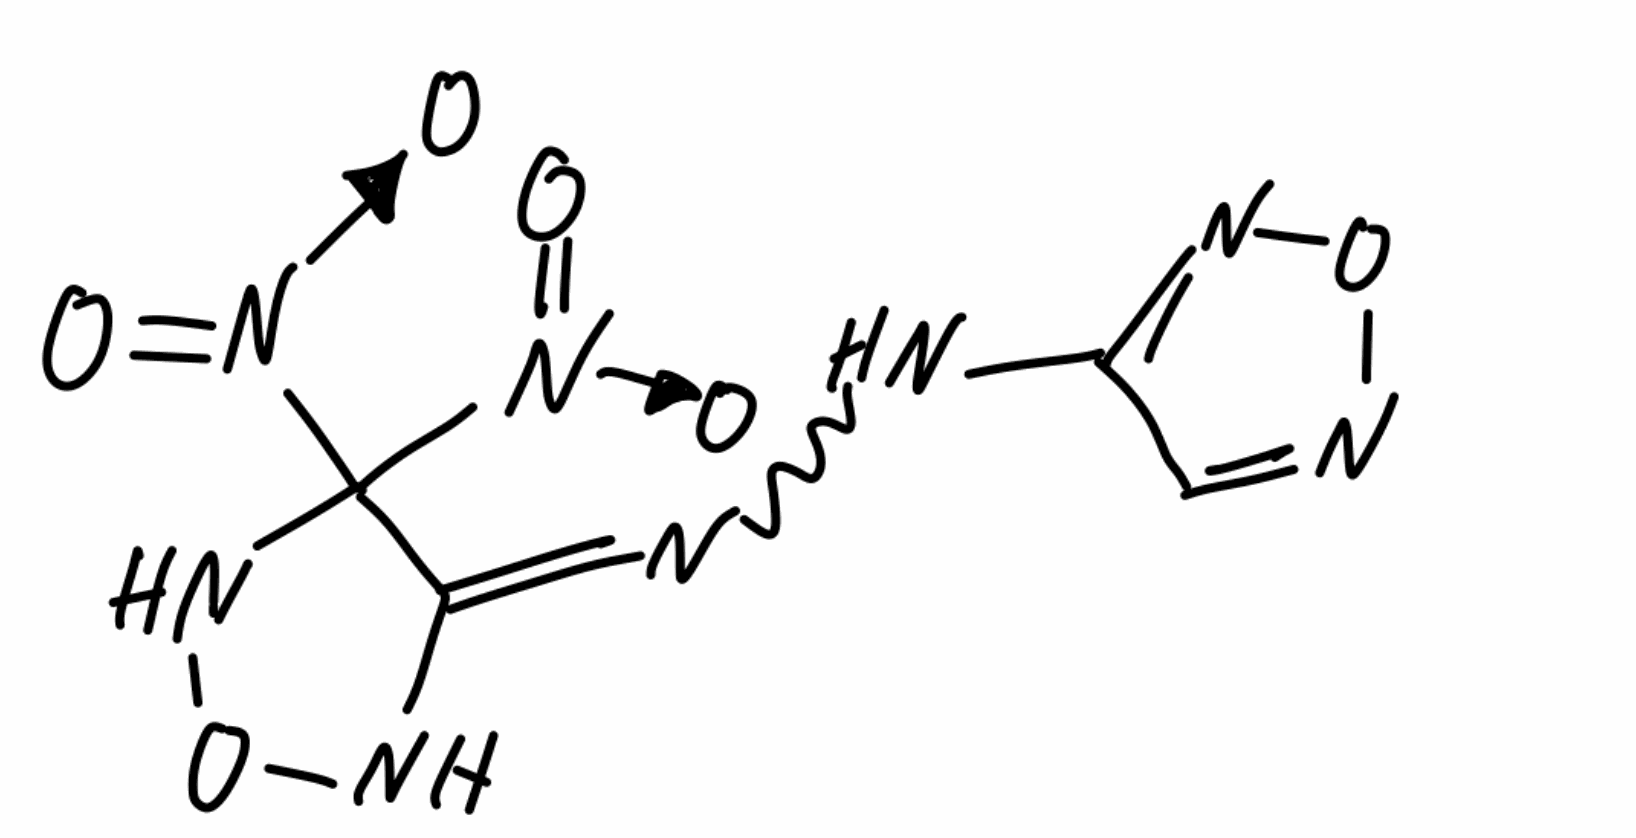
Simplified molecular-input line-entry system (SMILES) notation of the given molecule:
C1=NON=C1NN=C2C(NON2)([N+](=O)[O-])[N+](=O)[O-]